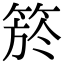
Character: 箊